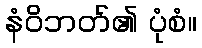
နံဝိဘတ်၏ ပုံစံ။